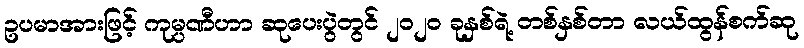
ဥပမာအားဖြင့် ကုမ္ပဏီဟာ ဆုပေးပွဲတွင် ၂၀၂၀ ခုနှစ်ရဲ့ တစ်နှစ်တာ လယ်ထွန်စက်ဆု